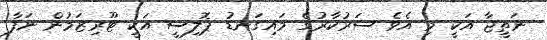
ނަތީޖާ އަކީ މި އެވެ ސަރުކާރުގެ މައިގަނޑު ޕޮލިސީ އަކީ ޓޫރިޒަމުން ނަފާ